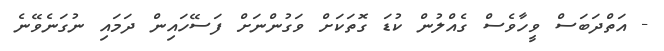
- އަތްދަބަސް ވީހާވެސް ގެއްލުން ކުޑަ ގޮތަކަށް ވަގުންނަށް ފަސޭހައިން ދަމައި ނުގަނެވޭނެ